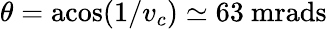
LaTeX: \theta=\mathrm{acos}(1/v_{c})\simeq 63~\mathrm{mrads}